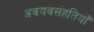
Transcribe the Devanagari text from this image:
अवयवसंहतियाँ